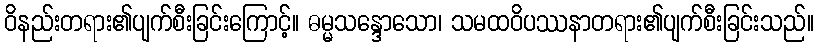
ဝိနည်းတရား၏ပျက်စီးခြင်းကြောင့်။ ဓမ္မသန္ဒောသော၊ သမထဝိပဿနာတရား၏ပျက်စီးခြင်းသည်။